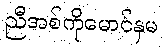
ညီအစ်ကိုမောင်နှမ